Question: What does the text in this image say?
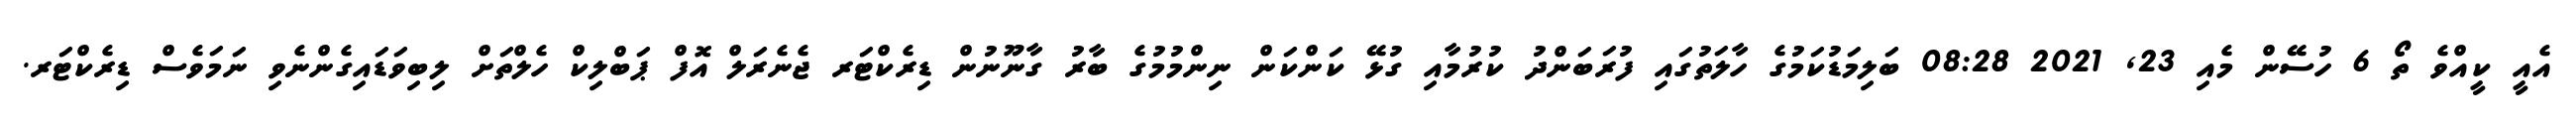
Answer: އެއީ ކީއްވެ ތޯ 6 ހުސޭން މެއި 23, 2021 08:28 ބަލިމަޑުކަމުގެ ހާލަތުގައި ފުރަބަންދު ކުރުމާއި ގުޅޭ ކަންކަން ނިންމުމުގެ ބާރު ގާނޫނުން ޑިރެކްޓަރ ޖެނެރަލް އޮފް ޕަބްލިކް ހެލްތަށް ލިބިވަޑައިގެންނެވި ނަމަވެސް ޑިރެކްޓަރ.